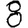
Digit: 8